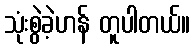
သုံးစွဲခဲ့ဟန် တူပါတယ်။